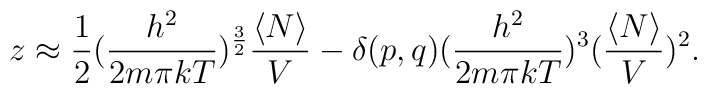
z\approx{1\over 2}({h^{2}\over 2m\pi kT})^{3\over 2}{\langle N\rangle\over V}-\delta(p,q)({h^{2}\over 2m\pi kT})^{3}({\langle N\rangle\over V})^{2}.